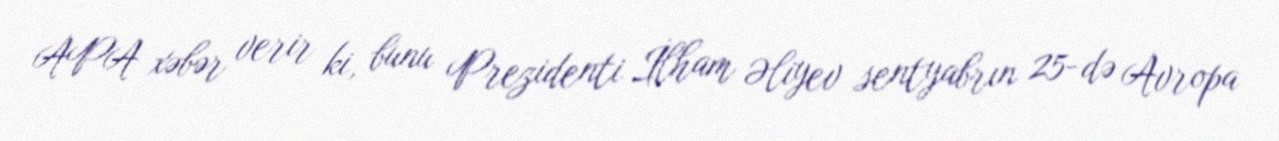
APA xəbər verir ki, bunu Prezidenti İlham Əliyev sentyabrın 25-də Avropa